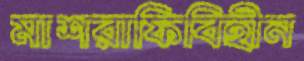
মাশরাফিবিহীন